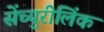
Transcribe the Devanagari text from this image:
सेंच्युरीलिंक